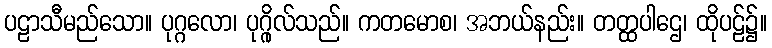
ပဠာသီမည်သော။ ပုဂ္ဂလော၊ ပုဂ္ဂိုလ်သည်။ ကတမောစ၊ အဘယ်နည်း။ တတ္ထပါဌေ၊ ထိုပဠ်၌။